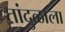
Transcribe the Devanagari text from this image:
तांदुळाला